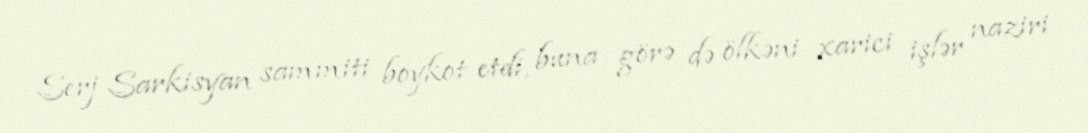
Serj Sarkisyan sammiti boykot etdi, buna görə də ölkəni xarici işlər naziri